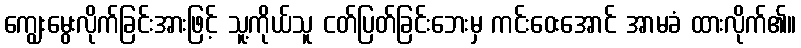
ကျွေးမွေးလိုက်ခြင်းအားဖြင့် သူ့ကိုယ်သူ ငတ်ပြတ်ခြင်းဘေးမှ ကင်းဝေးအောင် အာမခံ ထားလိုက်၏။